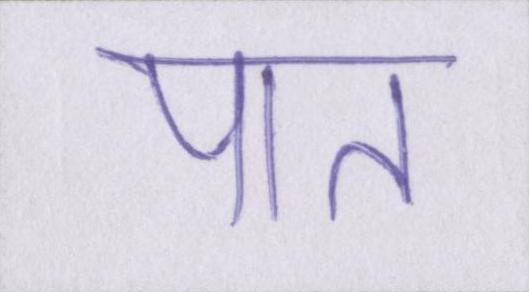
पात